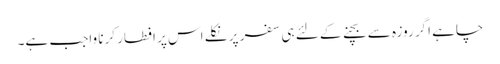
چاہے اگر روزہ سے بچنے کے لئے ہی سفر پر نکلے اس پر افطار کرنا واجب ہے۔